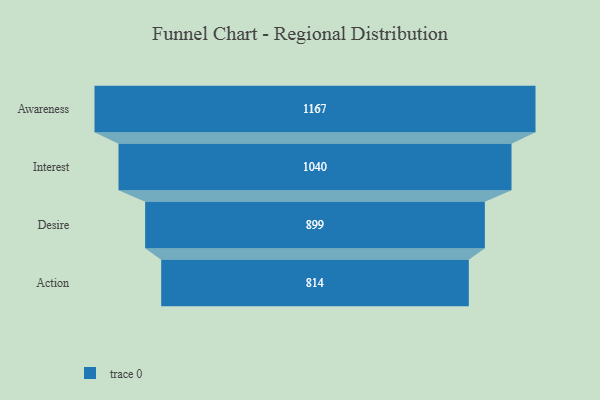
{"axis": {"x": "Stage", "y": "Value"}, "legend": [""], "data": [{"x": "Awareness", "y": 1167.0, "type": ""}, {"x": "Interest", "y": 1040.0, "type": ""}, {"x": "Desire", "y": 899.0, "type": ""}, {"x": "Action", "y": 814.0, "type": ""}]}